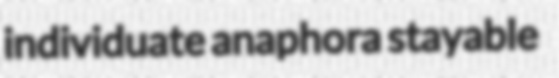
individuate anaphora stayable